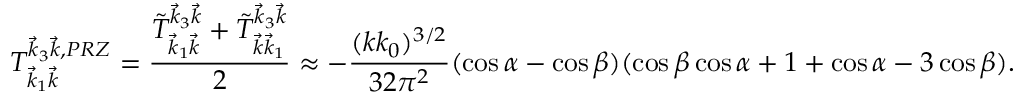
T _ { \vec { k } _ { 1 } \vec { k } } ^ { \vec { k } _ { 3 } \vec { k } , P R Z } = \frac { \tilde { T } _ { \vec { k } _ { 1 } \vec { k } } ^ { \vec { k } _ { 3 } \vec { k } } + \tilde { T } _ { \vec { k } \vec { k } _ { 1 } } ^ { \vec { k } _ { 3 } \vec { k } } } { 2 } \approx - \frac { ( k k _ { 0 } ) ^ { 3 / 2 } } { 3 2 \pi ^ { 2 } } ( \cos \alpha - \cos \beta ) ( \cos \beta \cos \alpha + 1 + \cos \alpha - 3 \cos \beta ) .